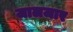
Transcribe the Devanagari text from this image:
जालजार